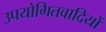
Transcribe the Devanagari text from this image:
उपयोगितवादियों